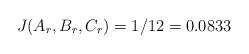
LaTeX: \begin{align*}J(A_r, B_r, C_r) = 1/12 = 0.0833\end{align*}